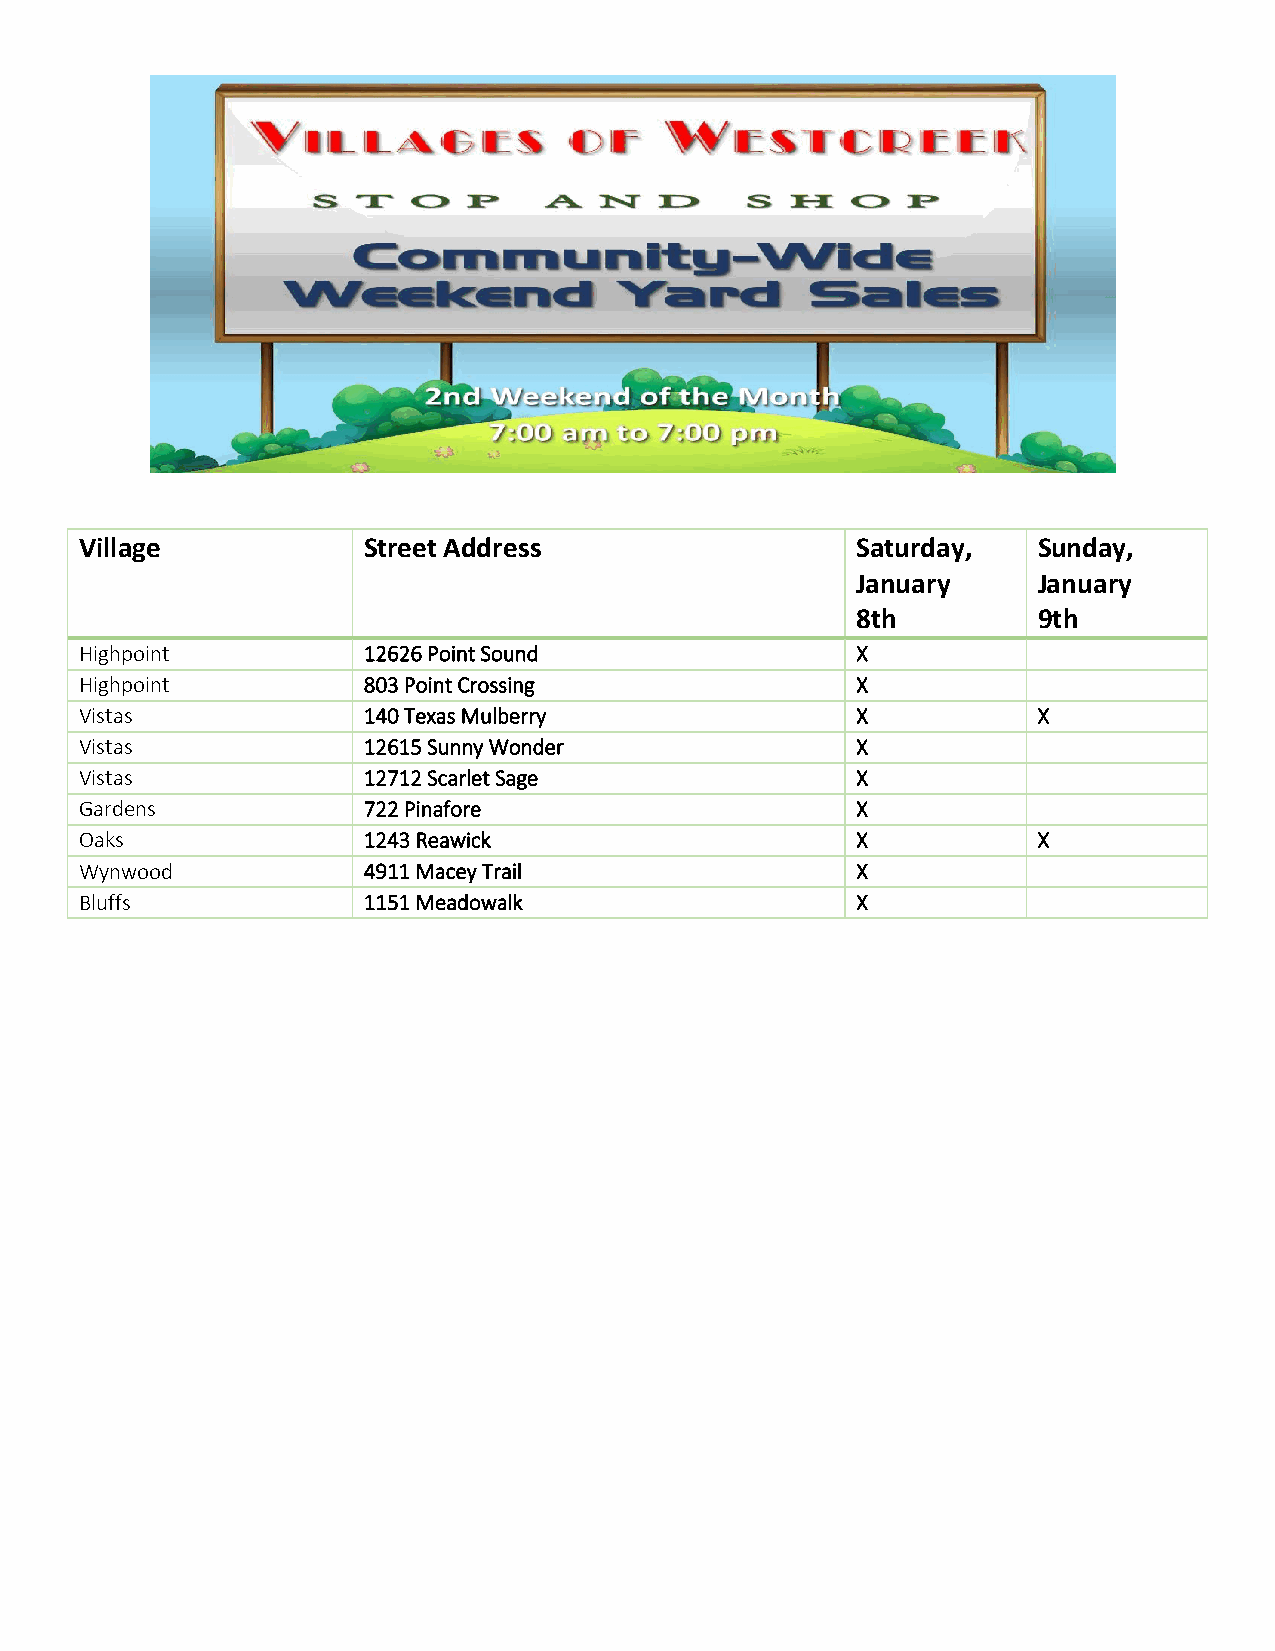
Village            Street Address                   Saturday,   Sunday,
 January     January
 8th         9th
 Highpoint          12626 Point Sound                X
 Highpoint          803 Point Crossing               X
 Vistas             140 Texas Mulberry               X           X
 Vistas             12615 Sunny Wonder               X
 Vistas             12712 Scarlet Sage               X
 Gardens            722 Pinafore                     X
 Oaks               1243 Reawick                     X           X
 Wynwood            4911 Macey Trail                 X
 Bluffs             1151 Meadowalk                   X